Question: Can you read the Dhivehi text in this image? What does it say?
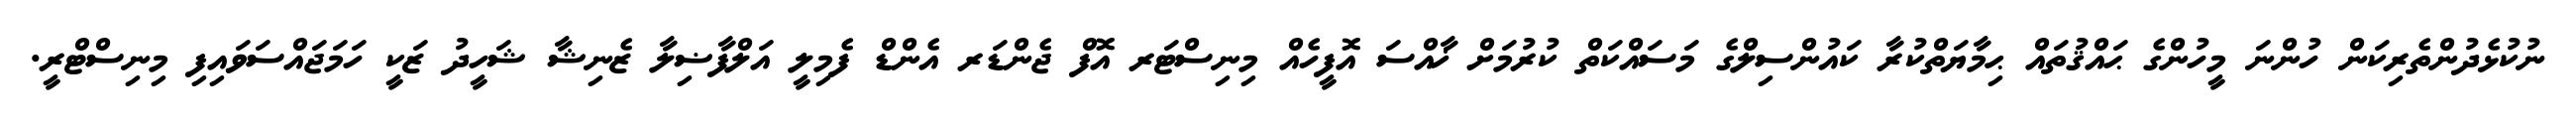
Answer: ނުކުޅެދުންތެރިކަން ހުންނަ މީހުންގެ ޙައްޤުތައް ޙިމާޔަތްކުރާ ކައުންސިލްގެ މަސައްކަތް ކުރުމަށް ޚާއްސަ އޮފީހެއް މިނިސްޓަރ އޮފް ޖެންޑަރ އެންޑް ފެމިލީ އަލްފާޟިލާ ޒެނިޝާ ޝަހީދު ޒަކީ ހަމަޖައްސަވައިފި މިނިސްޓްރީ.